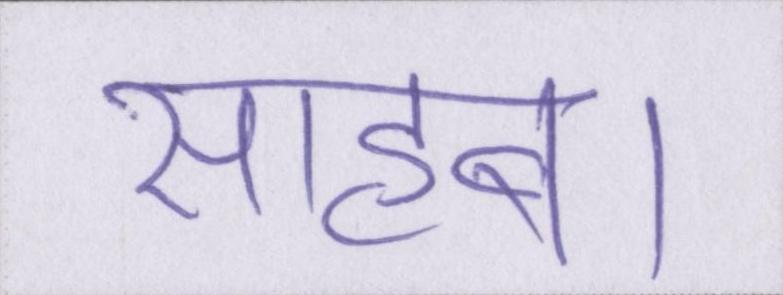
साहब।